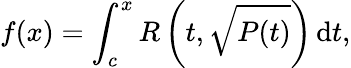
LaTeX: f(x)=\int_{c}^{x}R\left(t,{\sqrt{P(t)}}\right)\, \mathrm{d}t,